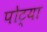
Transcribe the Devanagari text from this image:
पोट्या